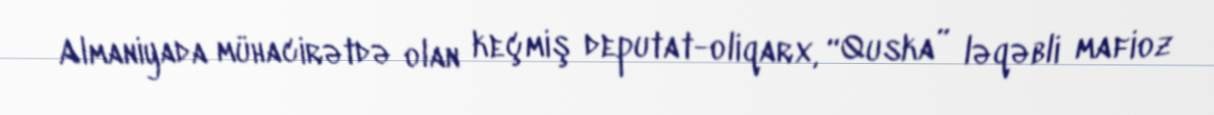
Almaniyada mühacirətdə olan keçmiş deputat-oliqarx, “Quska” ləqəbli mafioz